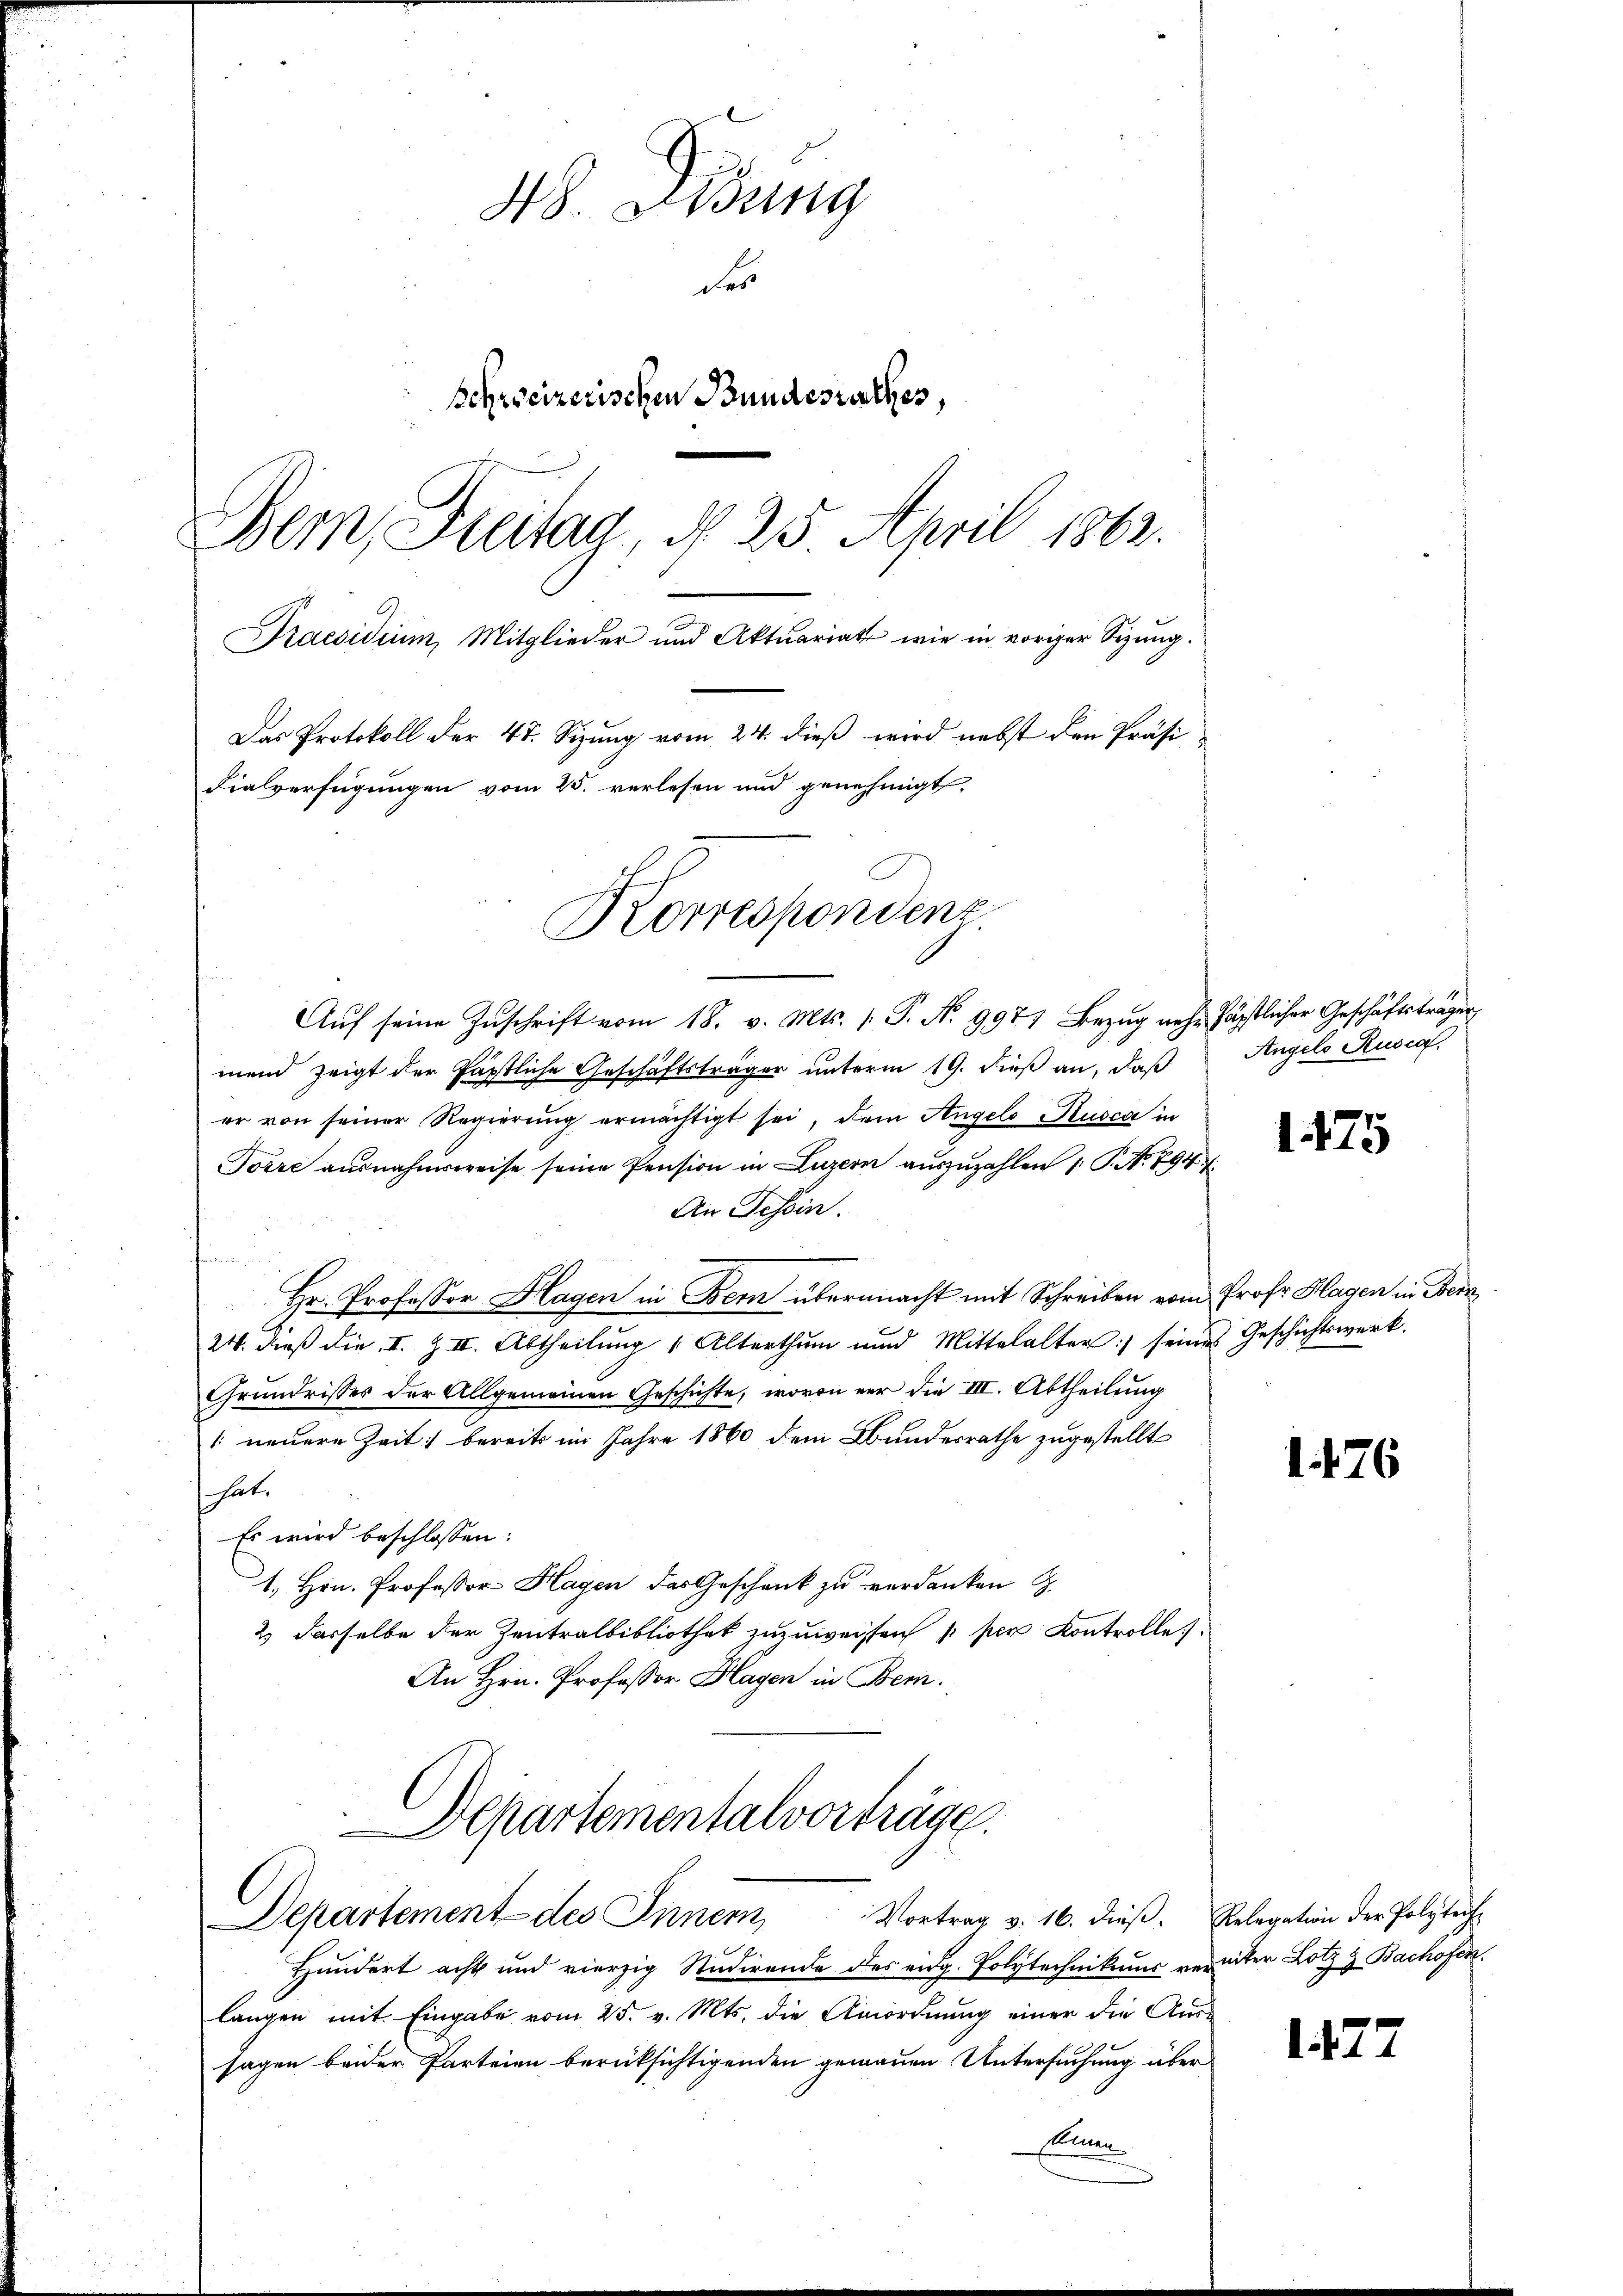
48. Jung
des
Schweizerischen Bundesrathes,
Bern, Breitag, d. 25. April 1863.
Praesidium, Mitglieder und Aktuariat wie in voriger Sizŭng.
Das Protokoll der 4t. Sizung vom 24. dieß wird nebst den Präsi-
Fialverfügungen vom 25. verlesen und genehmigt,
Korrespondenz

Departementalvorträge.
Departement des Inner Vortrag v. 16. dieβ. Relegation der Polytech

Aŭf seine Zŭschrift vom 18. v. Mts. 1. P. Nr. 9971 Bezug nahe päpstlicher Geschäftsträgen
mend zeigt der Pastliche Geschäftsträger unterm 19. dieß an, daß
er von seiner Regierung ermächtigt sei, dem Angelo Kusca in
Torre ausnahmsweise seine Pension in Luzern auszuzahlen 1 S. Nr. 294 f
An Tessin.
n
Hr. Professor Hagen in Bern übermacht mit Schreiben vom Prof. Hagen in Bern
24. dieß die I. Z II. Abtheilung Alterthum und Mittelalter seines Geschichtswerk.
Grundrisses der Allgemeinen Geschichte, wovon vor die III. Abtheilung
' neuere Zeit) bereits im Jahre 1860 dem Bundesrathe zugestellt
hat.
Es wird beschlossen:
1., Hrn. Professor Hagen das Geschenk zu verdanken S.
2) dasselbe der Zentralbibliothek zuzuweisen /: per Kontrolle
An Hrn. Professor Klagen in Bern.

Angelo Rusca.

7
Hundert acht und vierzig Studirende des eidg. Polytechnikums vereiter Lotz z. Bachofen.
langen mit Eingabe vom 25. v. Mts. die Anordnung einer die Aus-
sagen beider Parteien berüksichtigenden gemauen Untersuchung über
Elnen

1475

1. 476.

1

.